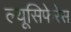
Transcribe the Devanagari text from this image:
ल्यूसिफेरेस